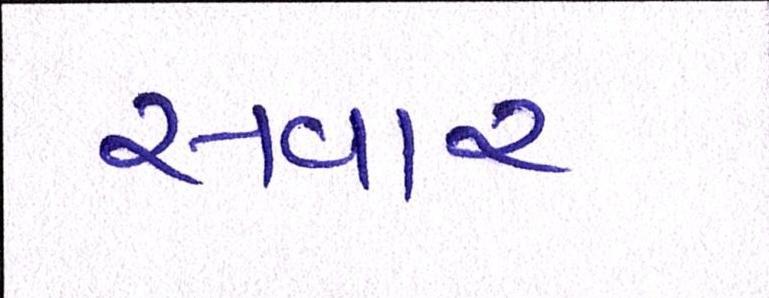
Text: સવાર